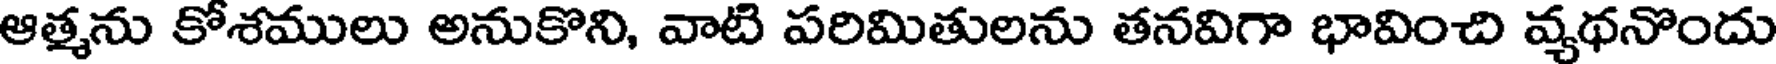
ఆత్మను కోశములు అనుకొని, వాటి పరిమితులను తనవిగా భావించి వ్యథనొందు